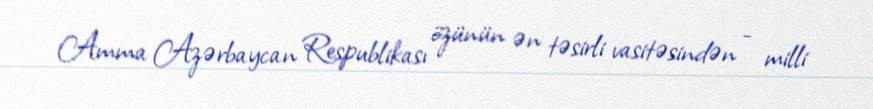
Amma Azərbaycan Respublikası özünün ən təsirli vasitəsindən - milli